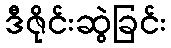
ဒီဇိုင်းဆွဲခြင်း